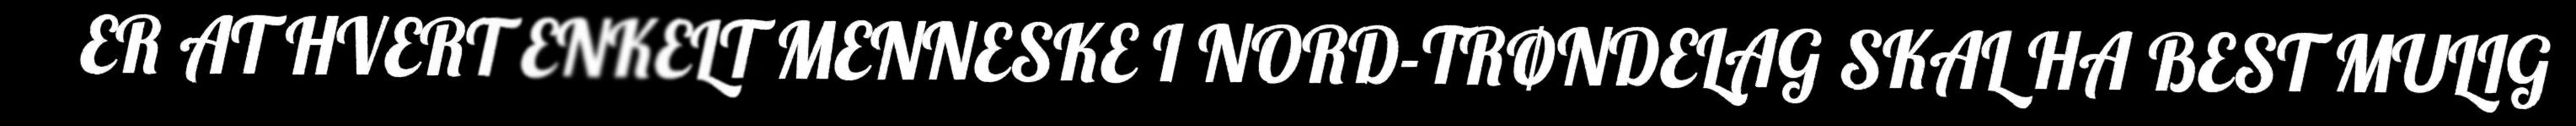
ER AT HVERT ENKELT MENNESKE I NORD-TRØNDELAG SKAL HA BEST MULIG